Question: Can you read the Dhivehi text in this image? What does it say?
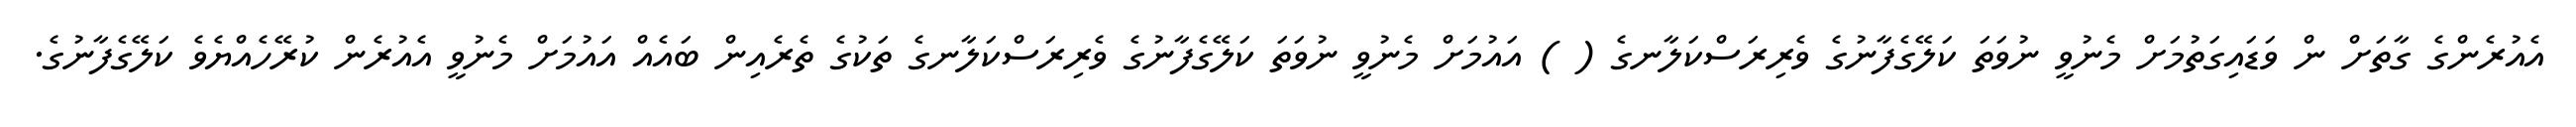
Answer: އެއުރެންގެ ގާތަށް ން ވަޑައިގަތުމަށް މެނުވީ ނުވަތަ ކަލޭގެފާނުގެ ވެރިރަސްކަލާނގެ ( ) އައުމަށް މެނުވީ ނުވަތަ ކަލޭގެފާނުގެ ވެރިރަސްކަލާނގެ ތަކުގެ ތެރެއިން ބައެއް އައުމަށް މެނުވީ އެއުރެން ކުރޭހެއްޔެވެ ކަލޭގެފާނުގެ.